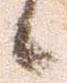
候